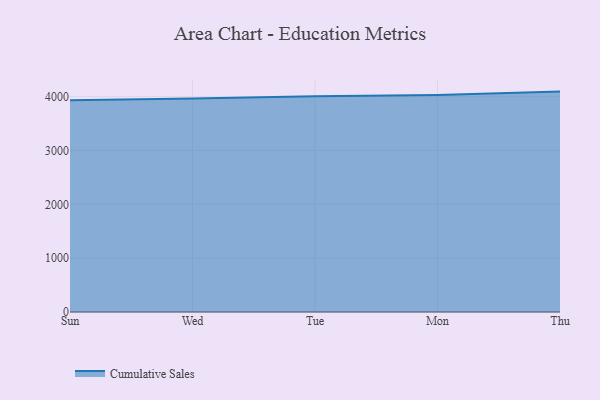
{"axis": {"x": "Day", "y": "Tickets Resolved"}, "legend": ["Cumulative Sales"], "data": [{"x": "Sun", "y": 3933.0, "type": "Cumulative Sales"}, {"x": "Wed", "y": 3963.1, "type": "Cumulative Sales"}, {"x": "Tue", "y": 4008.8, "type": "Cumulative Sales"}, {"x": "Mon", "y": 4031.5, "type": "Cumulative Sales"}, {"x": "Thu", "y": 4093.3, "type": "Cumulative Sales"}]}